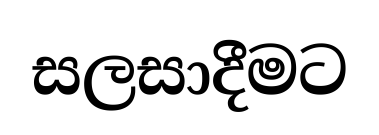
සලසාදීමට